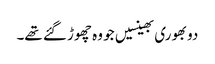
دو بھوری بھینسیں جو وہ چھوڑ گئے تھے۔